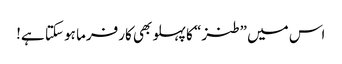
اس میں ”طنز“ کا پہلو بھی کارفرما ہو سکتا ہے!